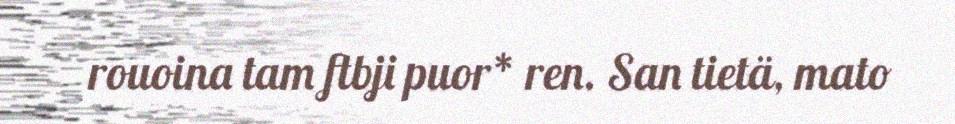
rouoina tam ftbji puor* ren. San tietä, mato